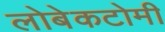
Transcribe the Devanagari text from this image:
लोबेकटोमी